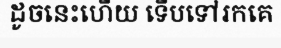
ដូចនេះហើយ ទើបទៅរកគេ